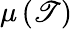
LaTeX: \mu\left(\mathscr{T}\right)